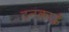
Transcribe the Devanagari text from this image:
टनकाई